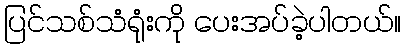
ပြင်သစ်သံရုံးကို ပေးအပ်ခဲ့ပါတယ်။